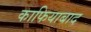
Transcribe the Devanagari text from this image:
काफियाबाद